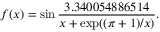
f ( x ) = \sin \frac { 3 . 3 4 0 0 5 4 8 8 6 5 1 4 } { x + \exp ( ( \pi + 1 ) / x ) } .